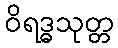
ဝိရဒ္ဓသုတ္တ